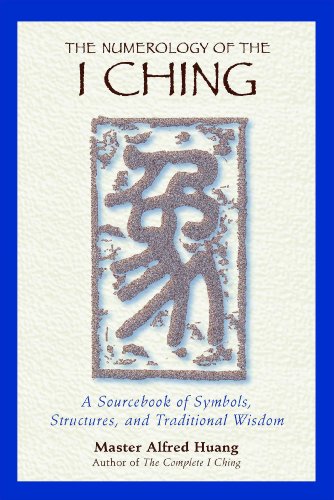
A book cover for The Numerology of the I Ching: A Sourcebook of Symbols, Structures, and Traditional Wisdom; Taoist Master Alfred Huang; Religion & Spirituality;